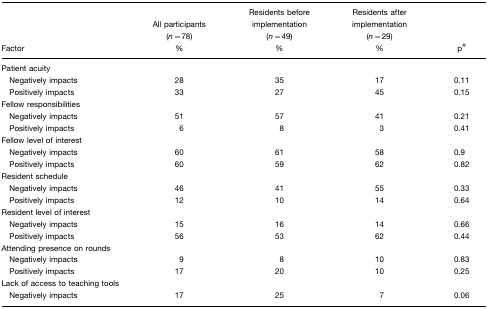
|  | All participants (n=78) | Residents before implementation (n=49) | Residents after implementation (n=29) |  |
 | Factor | % | % | % | p# |
 | --- | --- | --- | --- | --- |
 | <COLSPAN=5> Patient acuity |
 | Negatively impacts | 28 | 35 | 17 | 0.11 |
 | Positively impacts | 33 | 27 | 45 | 0.15 |
 | <COLSPAN=5> Fellow responsibilities |
 | Negatively impacts | 51 | 57 | 41 | 0.21 |
 | Positively impacts | 6 | 8 | 3 | 0.41 |
 | <COLSPAN=5> Fellow level of interest |
 | Negatively impacts | 60 | 61 | 58 | 0.9 |
 | Positively impacts | 60 | 59 | 62 | 0.82 |
 | <COLSPAN=5> Resident schedule |
 | Negatively impacts | 46 | 41 | 55 | 0.33 |
 | Positively impacts | 12 | 10 | 14 | 0.64 |
 | <COLSPAN=5> Resident level of interest |
 | Negatively impacts | 15 | 16 | 14 | 0.66 |
 | Positively impacts | 56 | 53 | 62 | 0.44 |
 | <COLSPAN=5> Attending presence on rounds |
 | Negatively impacts | 9 | 8 | 10 | 0.83 |
 | Positively impacts | 17 | 20 | 10 | 0.25 |
 | <COLSPAN=5> Lack of access to teaching tools |
 | Negatively impacts | 17 | 25 | 7 | 0.06 |